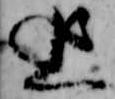
追